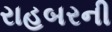
રાહબરની